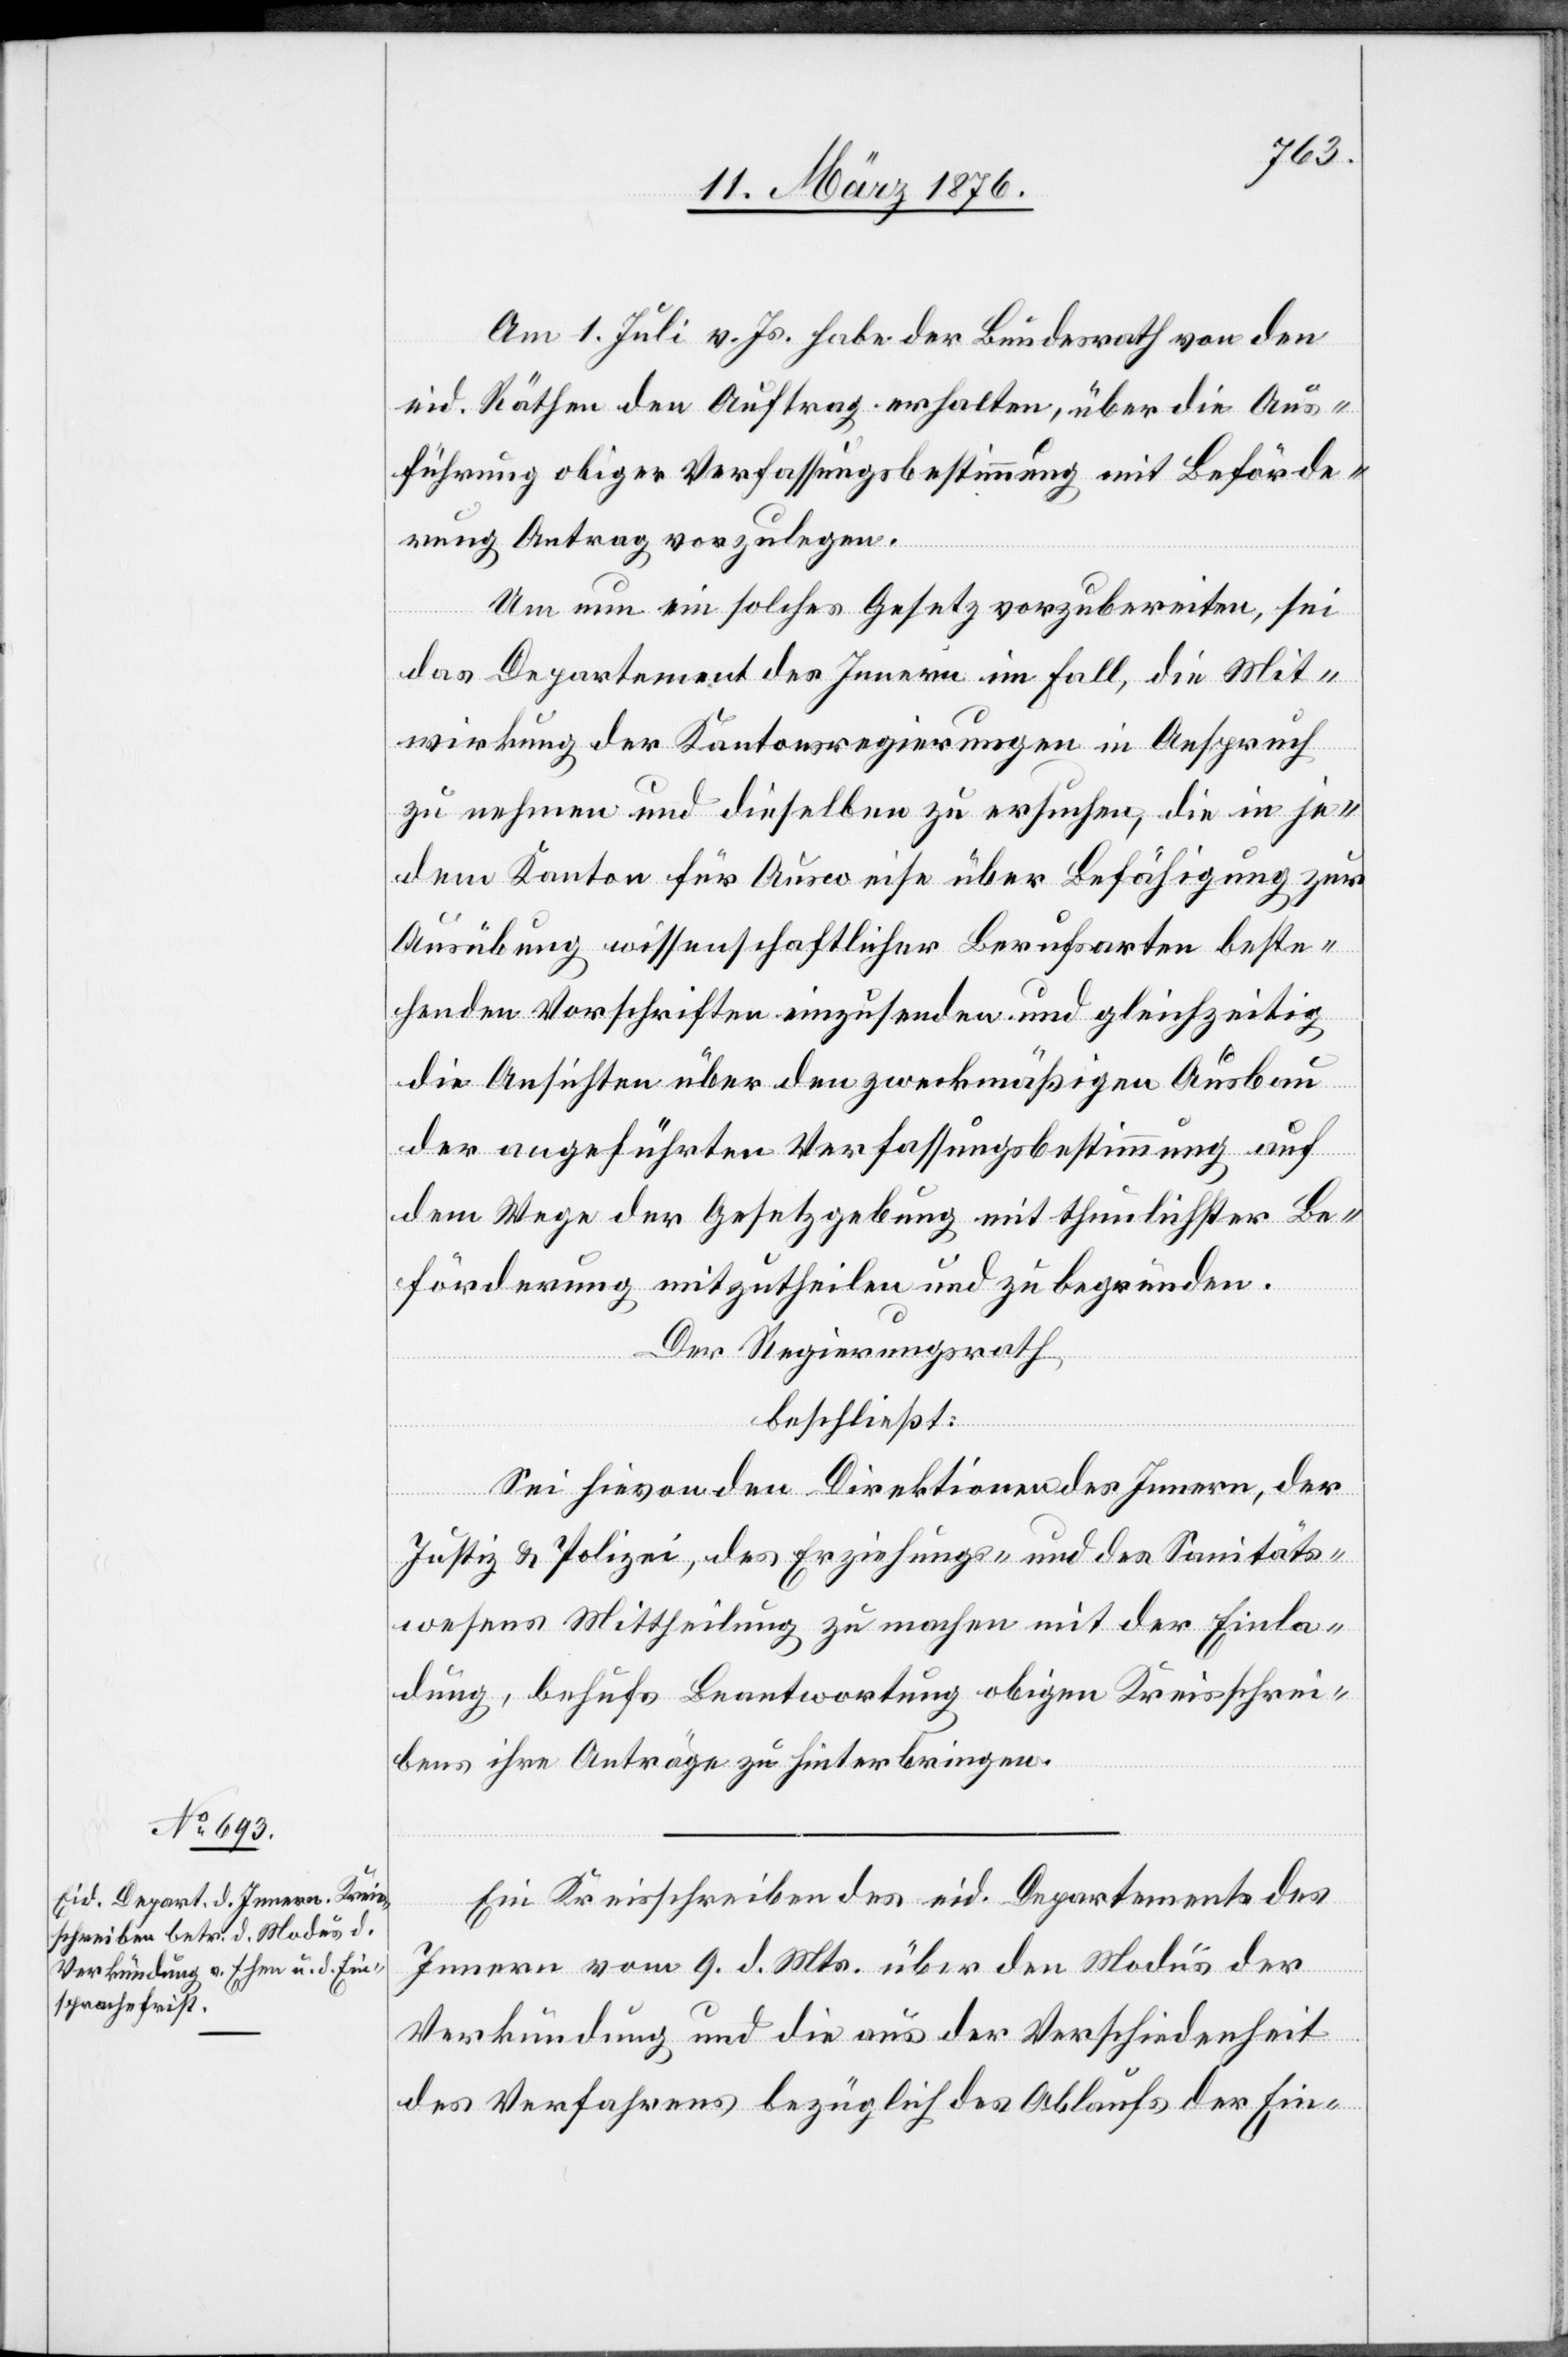
Am 1. Juli v. Js. habe der Bundesrath von den
eid. Räthen den Auftrag erhalten, über die Aus¬
führung obiger Verfassungsbestimmung mit Beförde¬
rung Antrag vorzulegen.
Um nun ein solches Gesetz vorzubereiten, sei
das Departement des Innern im Fall, die Mit¬
wirkung der Kantonsregierungen in Anspruch
zu nehmen und dieselben zu ersuchen, die in je¬
dem Kanton für Ausweise über Befähigung zur
Ausübung wissenschaftlicher Berufsarten beste¬
henden Vorschriften einzusenden und gleichzeitig
die Ansichten über den zweckmäßigen Ausbau
der angeführten Verfassungsbestimmung auf
dem Wege der Gesetzgebung mit thunlichster Be¬
förderung mitzutheilen und zu begründen.
Der Regierungsrath,
beschließt:
Sei hievon den Direktionen des Innern, der
Justiz & Polizei, des Erziehungs- und des Sanitäts¬
wesens Mittheilung zu machen mit der Einla¬
dung, behufs Beantwortung obigen Kreisschrei¬
bens ihre Anträge zu hinterbringen.
Ein Kreisschreiben des eid. Departements des
Innern vom 9. d. Mts. über den Modus der
Verkündigung und die aus der Verschiedenheit
des Verfahrens bezüglich des Ablaufs der Ein-